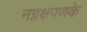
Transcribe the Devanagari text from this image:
नग्नक्षपणके